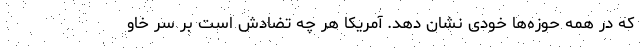
که در همه حوزه‌ها خودی نشان دهد. آمریکا هر چه تضادش است بر سر خاو